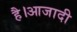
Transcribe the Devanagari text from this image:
है।आजादी